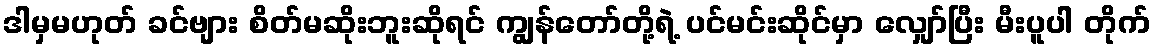
ဒါမှမဟုတ် ခင်ဗျား စိတ်မဆိုးဘူးဆိုရင် ကျွန်တော်တို့ရဲ့ ပင်မင်းဆိုင်မှာ လျှော်ပြီး မီးပူပါ တိုက်